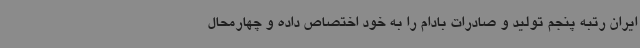
ایران رتبه پنجم تولید و صادرات بادام را به خود اختصاص داده و چهارمحال